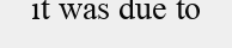
it was due to